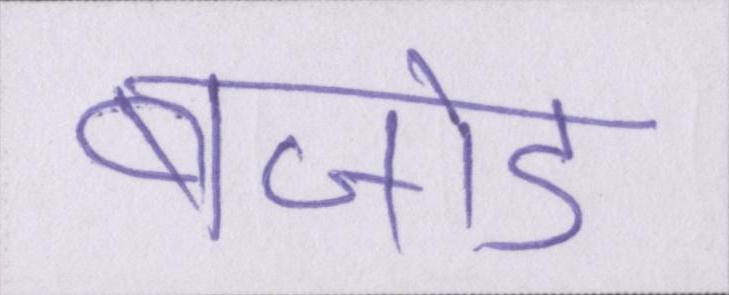
बेजोड